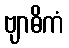
ဗျာဓိကံ